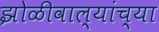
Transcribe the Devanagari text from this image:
झोळीवाल्यांच्या